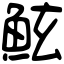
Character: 鮌